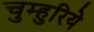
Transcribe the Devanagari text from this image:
चुम्हुरिये